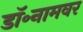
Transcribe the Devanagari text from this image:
डॉ॰नामवर